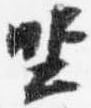
坐